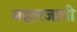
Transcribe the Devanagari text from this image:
महारजानी